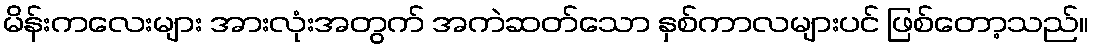
မိန်းကလေးများ အားလုံးအတွက် အကဲဆတ်သော နှစ်ကာလများပင် ဖြစ်တော့သည်။